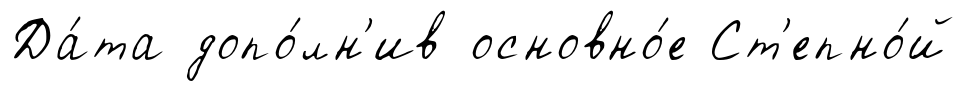
Да́та допо́лн'ив основно́е Ст'епно́й